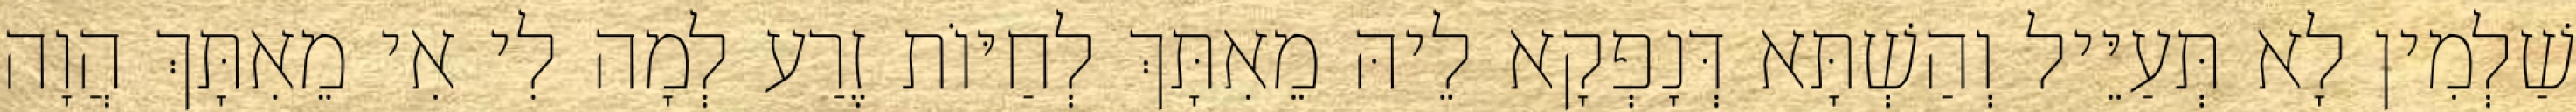
שַׁלְמִין לָא תְּעַיֵּיל וְהַשְׁתָּא דְּנָפְקָא לֵיהּ מֵאִתָּךְ לְחַיּוֹת זֶרַע לְמָה לִי אִי מֵאִתָּךְ הֲוָה